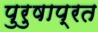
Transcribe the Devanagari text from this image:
पुरुषाप्रत